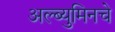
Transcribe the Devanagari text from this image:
अल्ब्युमिनचे